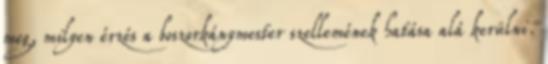
meg, milyen érzés a boszorkánymester szellemének hatása alá kerülni.